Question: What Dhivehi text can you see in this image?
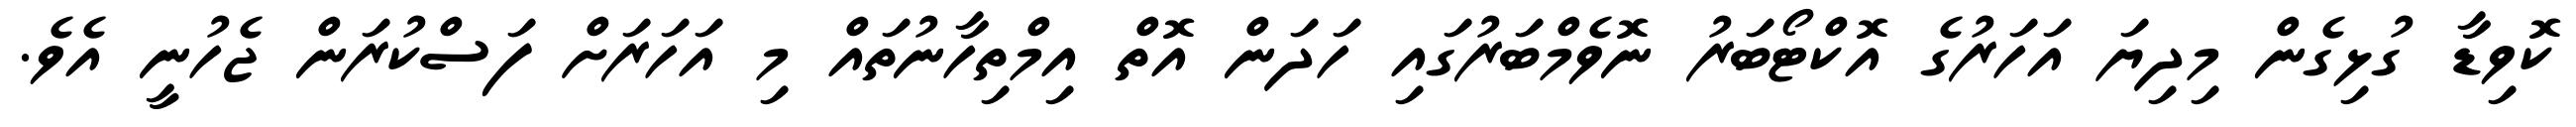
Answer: ކޮވިޑާ ގުޅިގެން މިދިޔަ އަހަރުގެ އޮކްޓޯބަރު ނޮވެމްބަރުގައި ހަދަން އޮތް އިމްތިހާނުތައް މި އަހަރަށް ފަސްކުރަން ޖެހުނީ އެވެ.